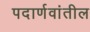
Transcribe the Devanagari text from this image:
पदार्णवांतील